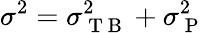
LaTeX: \sigma^{2}=\sigma_{\mathrm{~T~B~}}^{2}+\sigma_{\mathrm{~P~}}^{2}